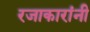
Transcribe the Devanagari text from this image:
रजाकारांनी